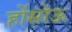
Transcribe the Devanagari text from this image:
होंसोऊ